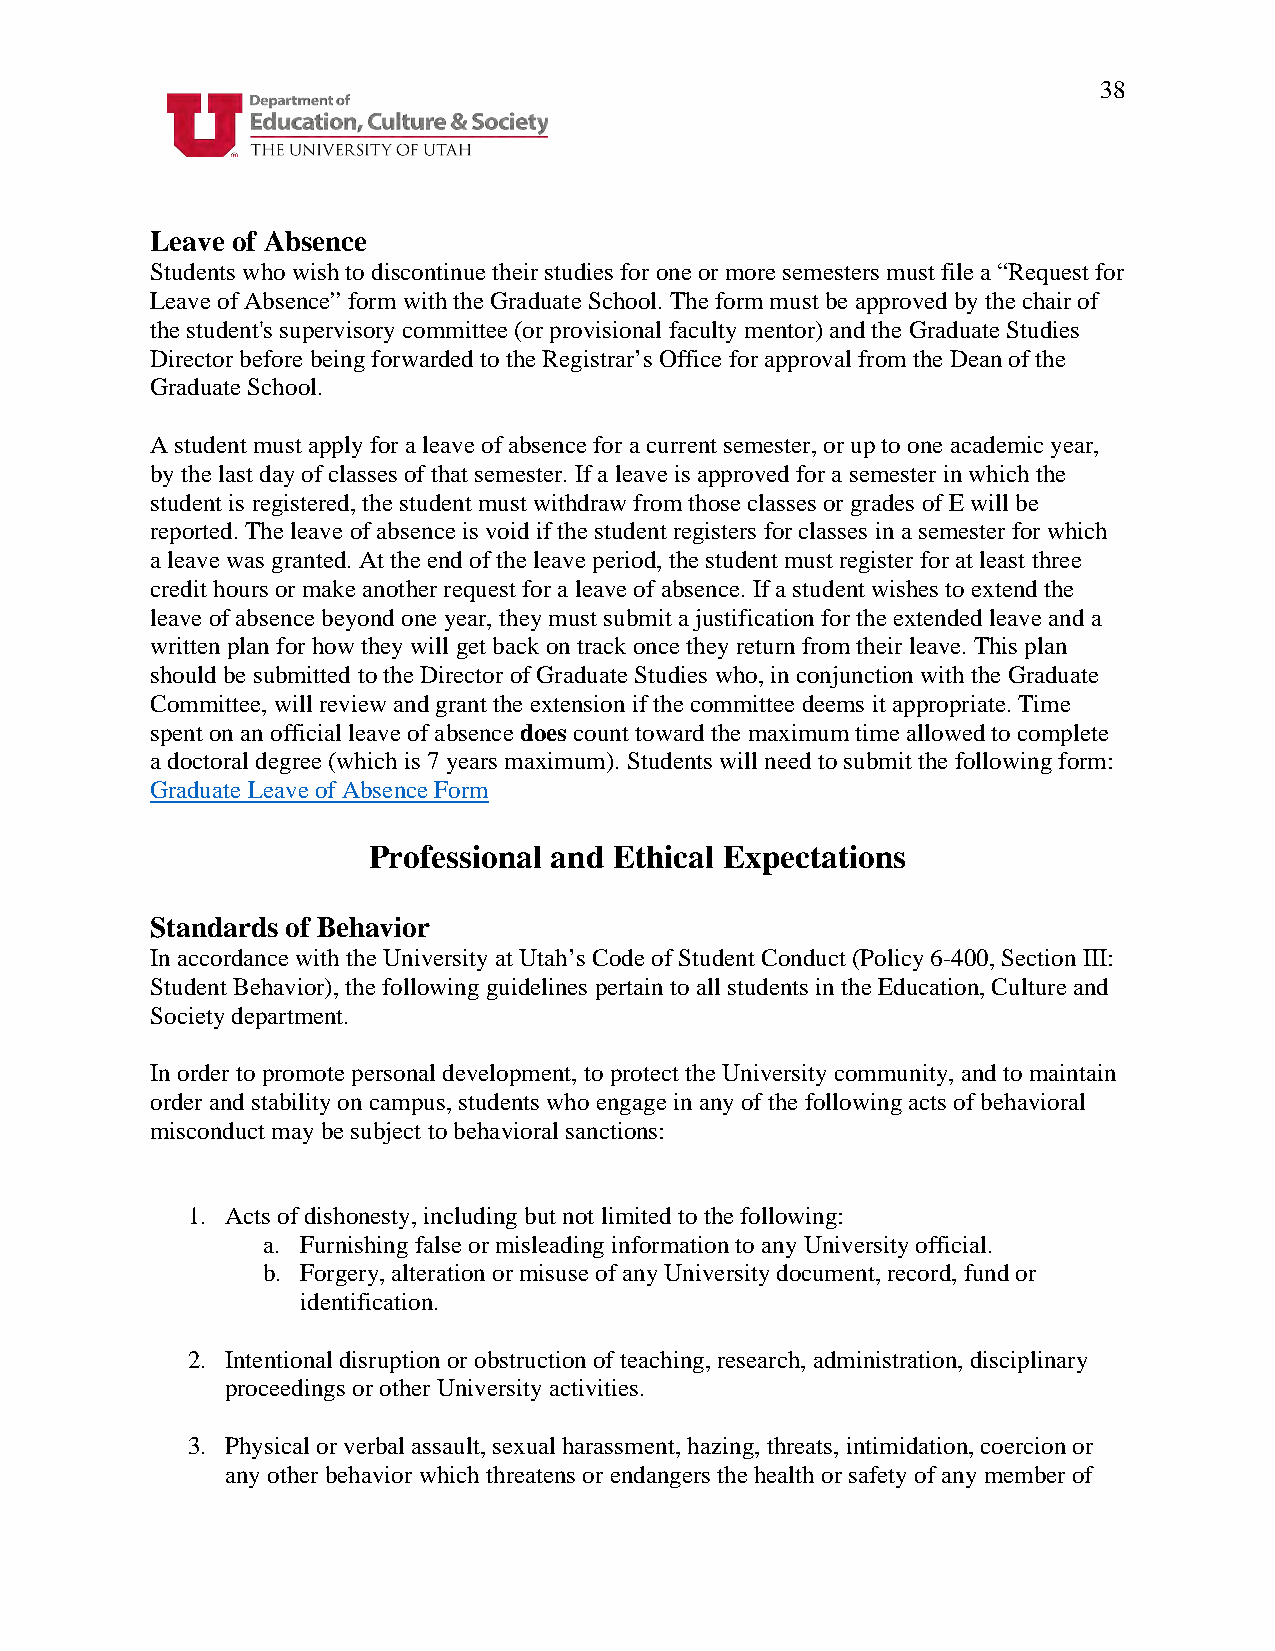
38
 Leave of Absence
 Students who wish to discontinue their studies for one or more semesters must file a “Request for
 Leave of Absence” form with the Graduate School. The form must be approved by the chair of
 the student's supervisory committee (or provisional faculty mentor) and the Graduate Studies
 Director before being forwarded to the Registrar’s Office for approval from the Dean of the
 Graduate School.
 A student must apply for a leave of absence for a current semester, or up to one academic year,
 by the last day of classes of that semester. If a leave is approved for a semester in which the
 student is registered, the student must withdraw from those classes or grades of E will be
 reported. The leave of absence is void if the student registers for classes in a semester for which
 a leave was granted. At the end of the leave period, the student must register for at least three
 credit hours or make another request for a leave of absence. If a student wishes to extend the
 leave of absence beyond one year, they must submit a justification for the extended leave and a
 written plan for how they will get back on track once they return from their leave. This plan
 should be submitted to the Director of Graduate Studies who, in conjunction with the Graduate
 Committee, will review and grant the extension if the committee deems it appropriate. Time
 spent on an official leave of absence does count toward the maximum time allowed to complete
 a doctoral degree (which is 7 years maximum). Students will need to submit the following form:
 Graduate Leave of Absence Form
 Professional and Ethical Expectations
 Standards of Behavior
 In accordance with the University at Utah’s Code of Student Conduct (Policy 6-400, Section III:
 Student Behavior), the following guidelines pertain to all students in the Education, Culture and
 Society department.
 In order to promote personal development, to protect the University community, and to maintain
 order and stability on campus, students who engage in any of the following acts of behavioral
 misconduct may be subject to behavioral sanctions:
 1. Acts of dishonesty, including but not limited to the following:
 a. Furnishing false or misleading information to any University official.
 b. Forgery, alteration or misuse of any University document, record, fund or
 identification.
 2. Intentional disruption or obstruction of teaching, research, administration, disciplinary
 proceedings or other University activities.
 3. Physical or verbal assault, sexual harassment, hazing, threats, intimidation, coercion or
 any other behavior which threatens or endangers the health or safety of any member of